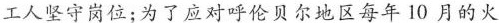
工人坚守岗位；为了应对呼伦贝尔地区每年10月的火